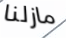
مازلنا